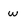
Character: W